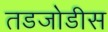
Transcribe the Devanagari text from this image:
तडजोडीस